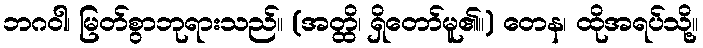
ဘဂဝါ၊ မြတ်စွာဘုရားသည်။ (အတ္ထိ၊ ရှိတော်မူ၏။) တေန၊ ထိုအရပ်သို့။